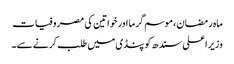
ماہ رمضان،موسم گرما اور خواتین کی مصروفیات
وزیراعلی سندھ کو پنڈی میں طلب کرنے سے ۔